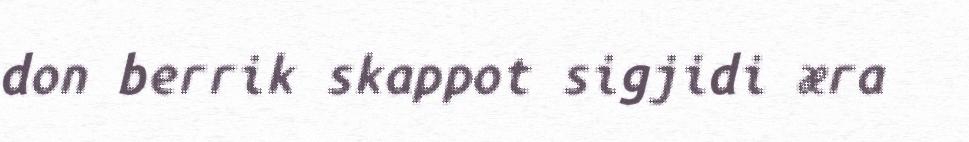
don berrik skappot sigjidi æra